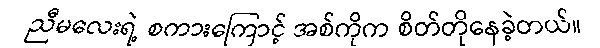
ညီမလေးရဲ့ စကားကြောင့် အစ်ကိုက စိတ်တိုနေခဲ့တယ်။